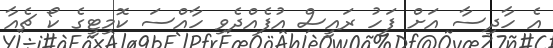
އެ ހާދިސާ އަށް ފަހު ރައީސް އުފެއްދެވި ހާއްސަ ކޮމިޓީގެ ކޯ ޗެއާ